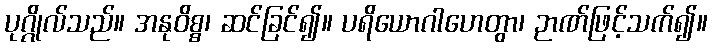
ပုဂ္ဂိုလ်သည်။ အနုဝိစ္စ၊ ဆင်ခြင်၍။ ပရိယောဂါဟေတွာ၊ ဉာဏ်ဖြင့်သက်၍။